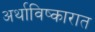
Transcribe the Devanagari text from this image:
अर्थाविष्कारात